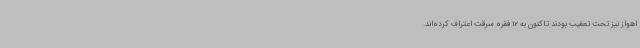
اهواز نیز تحت تعقیب بودند تاکنون به 12 فقره سرقت اعتراف کرده‌اند.